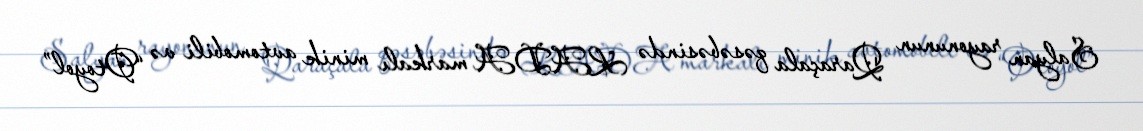
Salyan rayonunun Qaraçala qəsəbəsində LADA markalı minik avtomobili və “Otoyol”